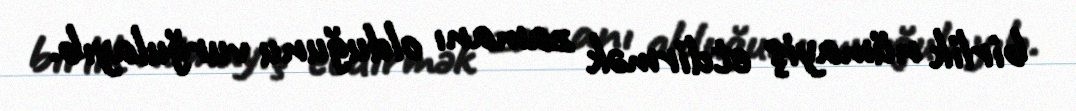
birlik nümayiş etdirmək zamanı olduğunu vurğulayıb.